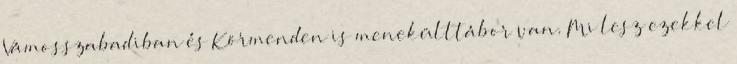
Vámosszabadiban és Körmenden is menekülttábor van. Mi lesz ezekkel